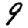
Digit: 9